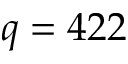
q = 4 2 2